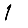
Digit: 1